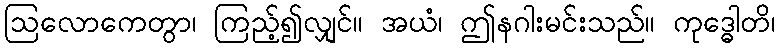
ဩလောကေတွာ၊ ကြည့်၍လျှင်။ အယံ၊ ဤနဂါးမင်းသည်။ ကုဒ္ဓေါတိ၊